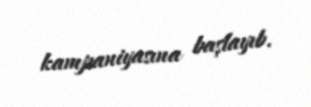
kampaniyasına başlayıb.